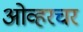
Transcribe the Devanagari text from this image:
ओव्हरचर